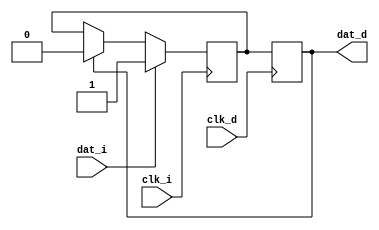
module pulse_detector (
	input wire clk_i,  // data clock
	input wire dat_i,  // input data
	input wire clk_d,  // detect clock
	output reg dat_d  // detected data
	);
	
	parameter
		PULSE_VALUE = 1;  // which pulse to detect
	
	reg buff;
	
	always @(posedge clk_i) begin
		if (dat_i == PULSE_VALUE)
			buff <= dat_i;
		else if (dat_d == PULSE_VALUE)
			buff <= dat_i;
	end
	
	always @(posedge clk_d) begin
		dat_d <= buff;
	end
	
endmodule